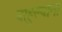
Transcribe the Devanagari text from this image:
बाहुल्यांना